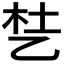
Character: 𬼦